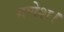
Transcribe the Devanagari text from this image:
गणेश।